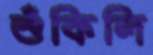
শুঁকিলি